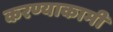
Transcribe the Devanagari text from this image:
करण्याकामी